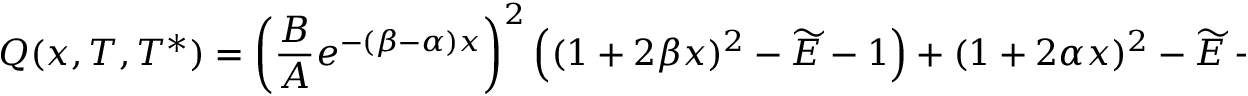
{ Q ( x , T , T ^ { * } ) = { \left( { \frac { B } { A } } e ^ { - ( \beta - \alpha ) x } \right) } ^ { 2 } \left( ( 1 + 2 \beta x ) ^ { 2 } - \widetilde { E } - 1 \right) + ( 1 + 2 \alpha x ) ^ { 2 } - \widetilde { E } - 1 }